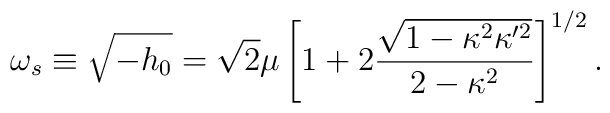
\omega_s \equiv \sqrt{-h_0} = \sqrt{2} \mu                \left[ 1 + 2 \frac{\sqrt{1 - \kappa^2 \kappa^{\prime 2}}}	                         {2 - \kappa^2}   \right]^{1/2}.